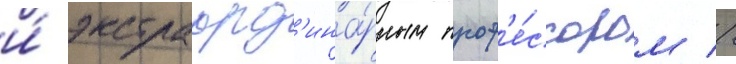
и́ экстраорд'ина́рным проф'е́ссором //